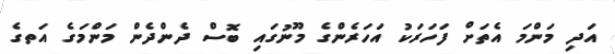
އަދި މަންމަ އެތަށް ފަހަރަކު އަހަރެންގެ މޫނުގައި ބޮސް ދެންދެން މަންމަގެ އަތގެ